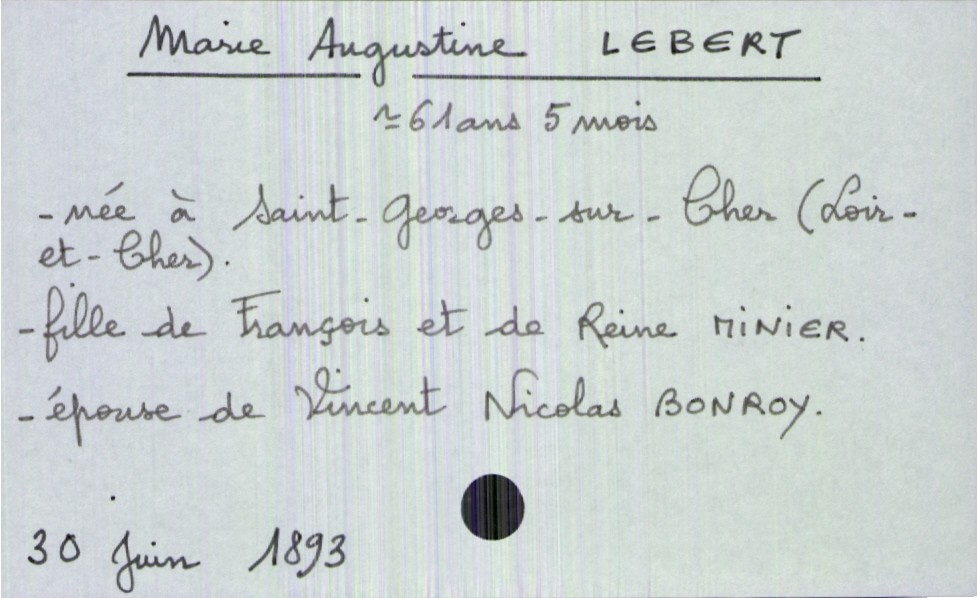
type_acte: Décès
année: 1893
mois: juin
jour: 30
défunt_nom: Lebert
défunt_prénom: Marie Augustine
défunt_sexe: F
défunt_âge: 61 ans 5 mois
défunt_lieu_de_naissance: Saint-Georges-sur-Cher (Loir-et-Cher)
défunt_statut: marié(e)
père_défunt_nom: Lebert
père_défunt_prénom: François
mère_défunt_nom: Minier
mère_défunt_prénom: Reine